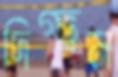
দিগ্‌ভ্রম